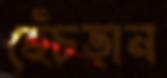
হেঁচড়ান